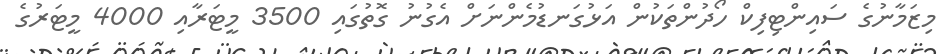
މިޒަމާނުގެ ސައިންޓިފިކް ހޯދުންތަކުން އަޅުގަނޑުމެންނަށް އެގުނު ގޮތުގައި 3500 މީޓަރާއި 4000 މީޓަރުގެ